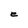
Character: e